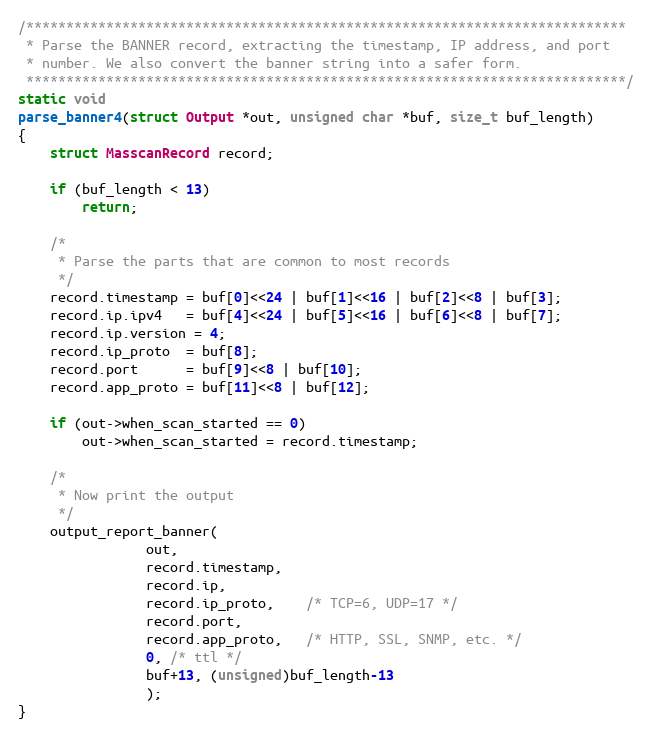
Language: C
/***************************************************************************
 * Parse the BANNER record, extracting the timestamp, IP address, and port
 * number. We also convert the banner string into a safer form.
 ***************************************************************************/
static void
parse_banner4(struct Output *out, unsigned char *buf, size_t buf_length)
{
    struct MasscanRecord record;

    if (buf_length < 13)
        return;

    /*
     * Parse the parts that are common to most records
     */
    record.timestamp = buf[0]<<24 | buf[1]<<16 | buf[2]<<8 | buf[3];
    record.ip.ipv4   = buf[4]<<24 | buf[5]<<16 | buf[6]<<8 | buf[7];
    record.ip.version = 4;
    record.ip_proto  = buf[8];
    record.port      = buf[9]<<8 | buf[10];
    record.app_proto = buf[11]<<8 | buf[12];

    if (out->when_scan_started == 0)
        out->when_scan_started = record.timestamp;

    /*
     * Now print the output
     */
    output_report_banner(
                out,
                record.timestamp,
                record.ip,
                record.ip_proto,    /* TCP=6, UDP=17 */
                record.port,
                record.app_proto,   /* HTTP, SSL, SNMP, etc. */
                0, /* ttl */
                buf+13, (unsigned)buf_length-13
                );
}